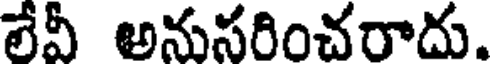
లేవీ అనుసరించరాదు.